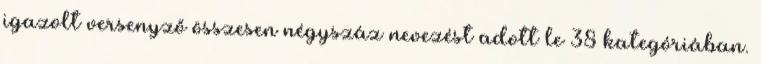
igazolt versenyző összesen négyszáz nevezést adott le 38 kategóriában.